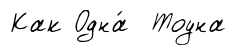
Как Одна́ Тоуна